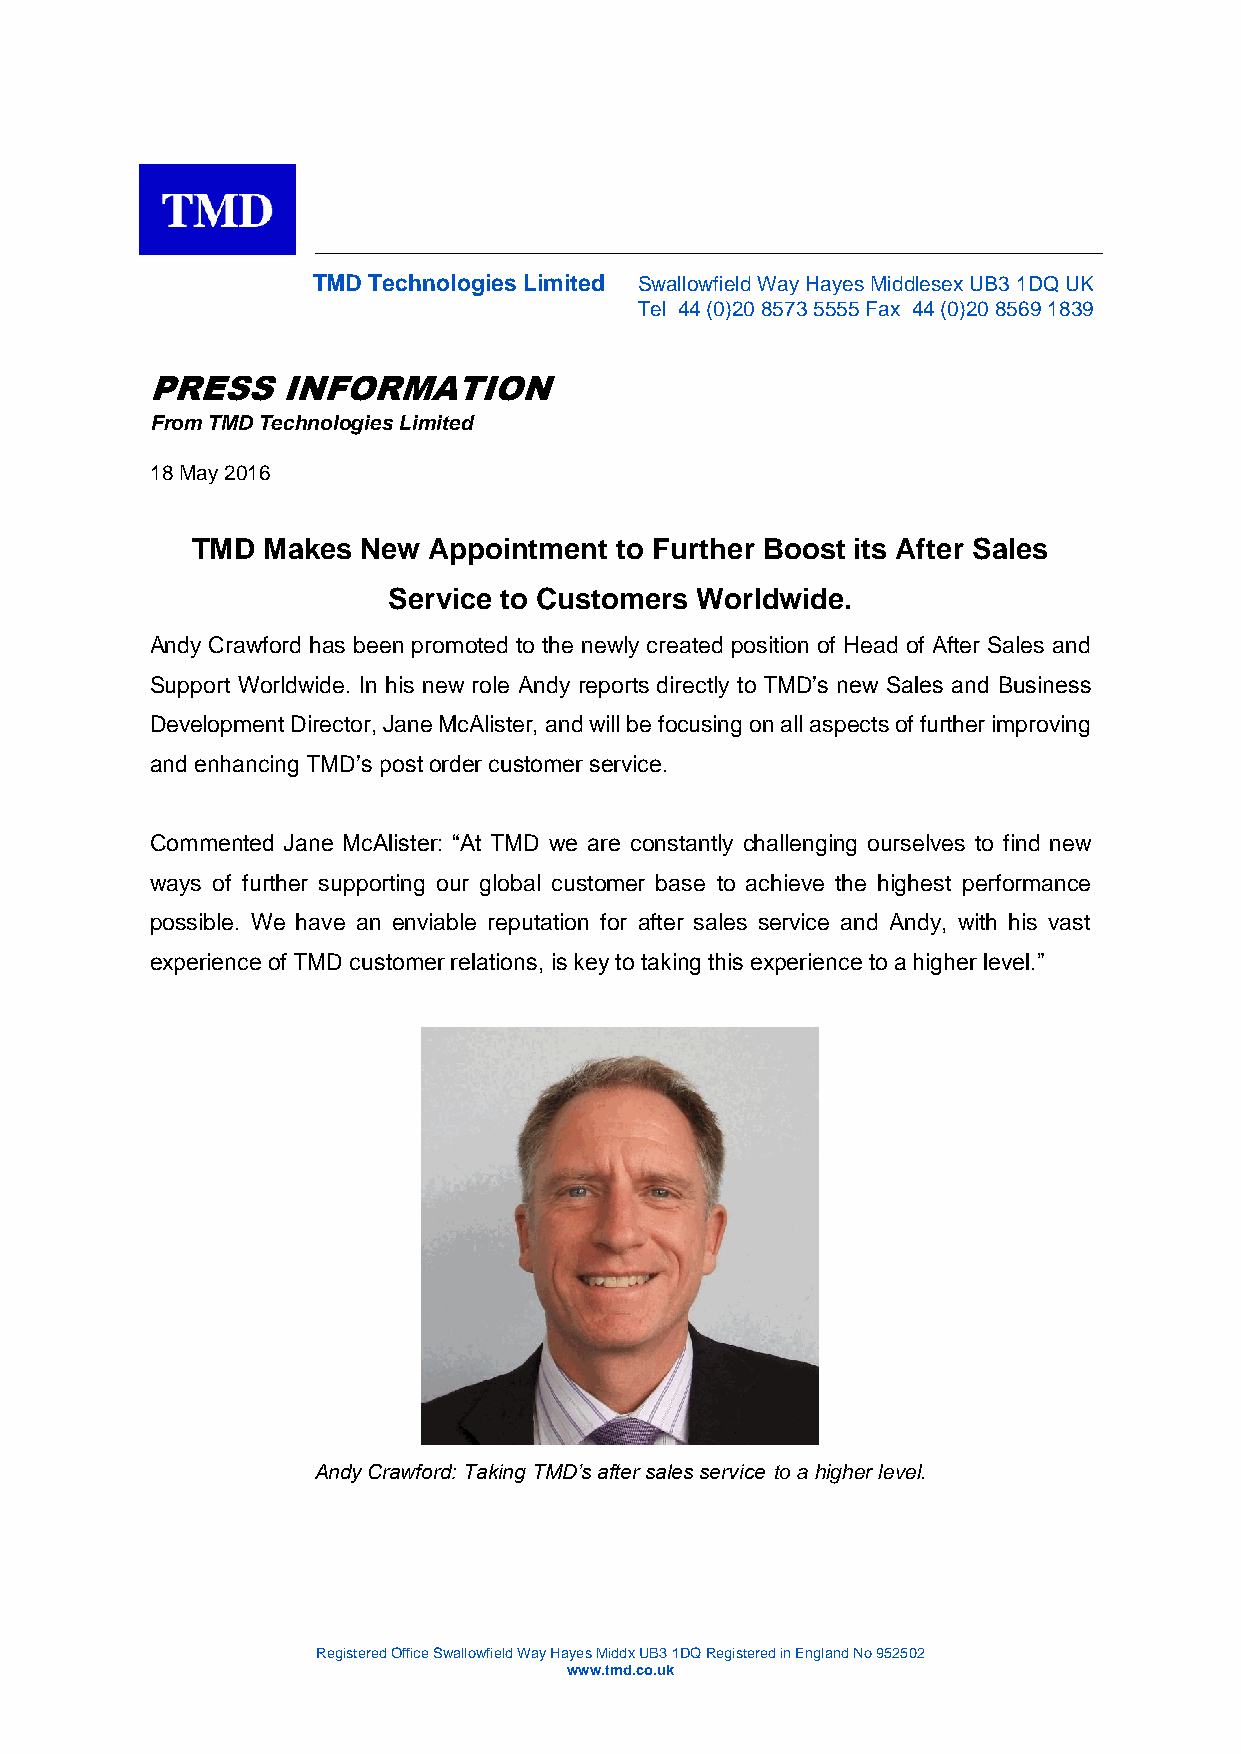
____________________________________________________________________
 TMD Technologies Limited Swallowfield Way Hayes Middlesex UB3 1DQ UK
 Tel 44 (0)20 8573 5555 Fax 44 (0)20 8569 1839
 PRESS    INFORMATION
 From TMD Technologies Limited
 18 May 2016
 TMD Makes  New Appointment  to Further Boost its After Sales
 Service to Customers Worldwide.
 Andy Crawford has been promoted to the newly created position of Head of After Sales and
 Support Worldwide. In his new role Andy reports directly to TMD’s new Sales and Business
 Development Director, Jane McAlister, and will be focusing on all aspects of further improving
 and enhancing TMD’s post order customer service.
 Commented Jane McAlister: “At TMD we are constantly challenging ourselves to find new
 ways of further supporting our global customer base to achieve the highest performance
 possible. We have an enviable reputation for after sales service and Andy, with his vast
 experience of TMD customer relations, is key to taking this experience to a higher level.”
 Andy Crawford: Taking TMD’s after sales service to a higher level.
 Registered Office Swallowfield Way Hayes Middx UB3 1DQ Registered in England No 952502
 www.tmd.co.uk